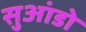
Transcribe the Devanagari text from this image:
सुआंडो